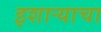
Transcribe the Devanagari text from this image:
इशाऱ्याचा